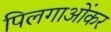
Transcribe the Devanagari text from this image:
पिलगाओंकर